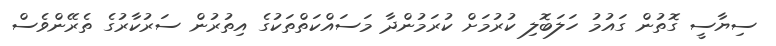
ސިޔާސީ ގޮތުން ގައުމު ހަލަބޮލި ކުރުމަށް ކުރަމުންދާ މަސައްކަތްތަކުގެ އިތުރުން ސަރުކާރުގެ ތެރޭންވެސް